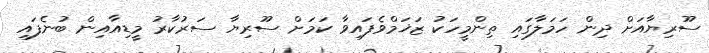
ސޫރިޔާއަށް ދިން ހަމަލާގައި ތިންމީހަކު ޒަޚަމްވެފައިވާ ކަމަށް ސޫރިޔާ ސަރުކާރު މީޑިއާއިން ބުނެފައި